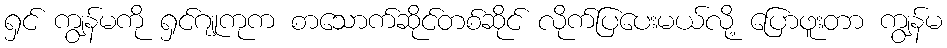
ရှင် ကျွန်မကို ရှင်ဂျုကုက စာသောက်ဆိုင်တစ်ဆိုင် လိုက်ပြပေးမယ်လို့ ပြောဖူးတာ ကျွန်မ